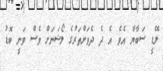
ލޭޑީ ސަބާޔާ އެވެ އެ ދެ ދެވަށްތަރުގެ ލޯޝަނަށް ވެސް ވަނީ ބޮޑު